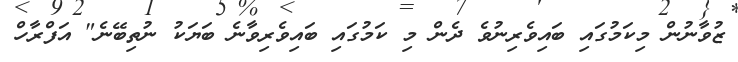
ޒުވާނުން މިކަމުގައި ބައިވެރިނުވެ ދެން މި ކަމުގައި ބައިވެރިވާނެ ބަޔަކު ނުތިބޭނެ" އަފްރާހް